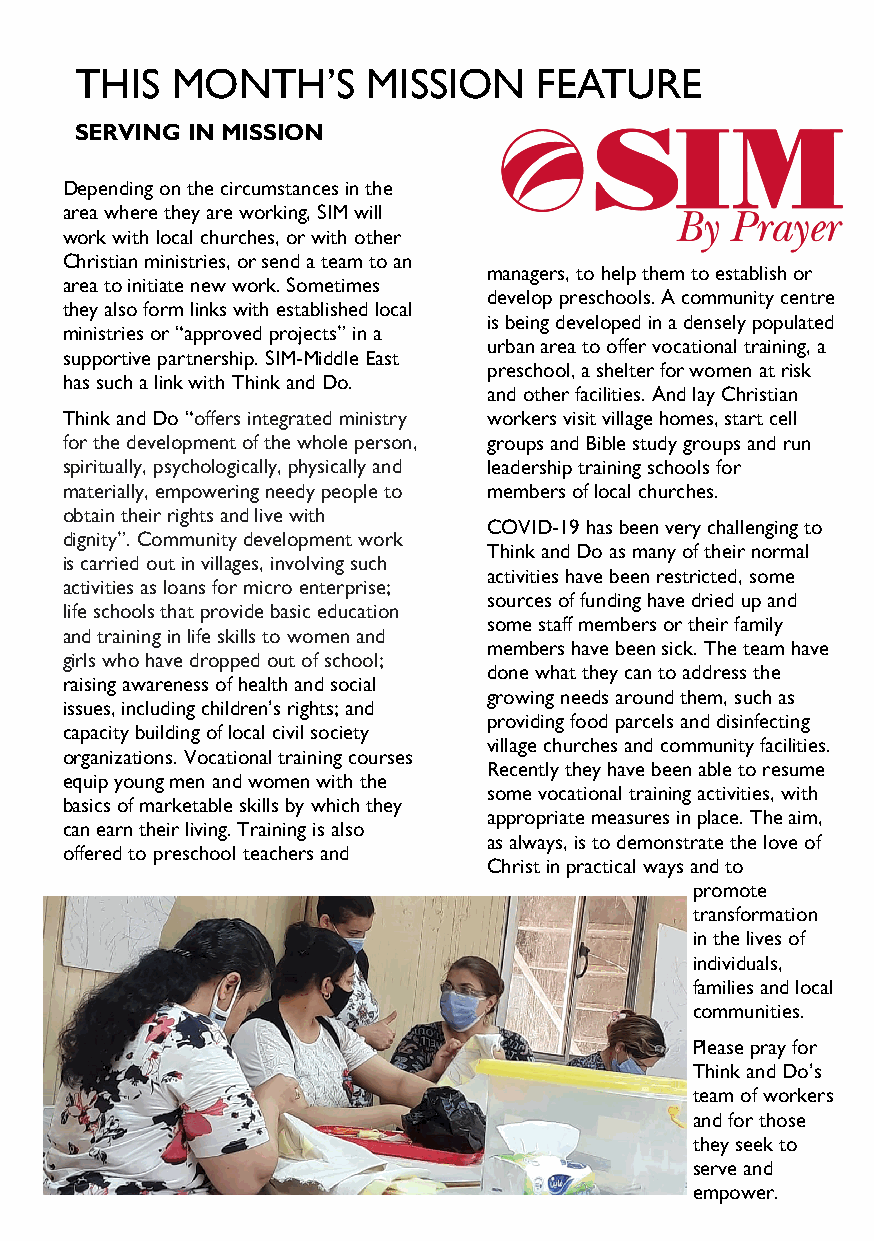
THIS  MONTH’S      MISSION     FEATURE
 SERVING IN MISSION
 Depending on the circumstances in the
 area where they are working, SIM will
 work with local churches, or with other
 Christian ministries, or send a team to an
 managers, to help them to establish or
 area to initiate new work. Sometimes
 develop preschools. A community centre
 they also form links with established local
 is being developed in a densely populated
 ministries or “approved projects” in a
 urban area to offer vocational training, a
 supportive partnership. SIM-Middle East
 preschool, a shelter for women at risk
 has such a link with Think and Do.
 and other facilities. And lay Christian
 Think and Do “offers integrated ministry workers visit village homes, start cell
 for the development of the whole person, groups and Bible study groups and run
 spiritually, psychologically, physically and leadership training schools for
 materially, empowering needy people to members of local churches.
 obtain their rights and live with
 COVID-19 has been very challenging to
 dignity”. Community development work
 Think and Do as many of their normal
 is carried out in villages, involving such
 activities have been restricted, some
 activities as loans for micro enterprise;
 sources of funding have dried up and
 life schools that provide basic education
 some staff members or their family
 and training in life skills to women and
 members have been sick. The team have
 girls who have dropped out of school;
 done what they can to address the
 raising awareness of health and social
 growing needs around them, such as
 issues, including children’s rights; and
 providing food parcels and disinfecting
 capacity building of local civil society
 village churches and community facilities.
 organizations. Vocational training courses
 Recently they have been able to resume
 equip young men and women with the
 some vocational training activities, with
 basics of marketable skills by which they
 appropriate measures in place. The aim,
 can earn their living. Training is also
 as always, is to demonstrate the love of
 offered to preschool teachers and
 Christ in practical ways and to
 promote
 transformation
 in the lives of
 individuals,
 families and local
 communities.
 Please pray for
 Think and Do’s
 team of workers
 and for those
 they seek to
 serve and
 empower.